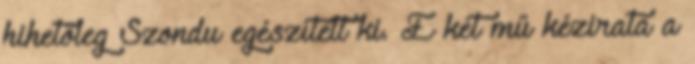
hihetőleg Szondu egészített ki. E két mű kézirata a